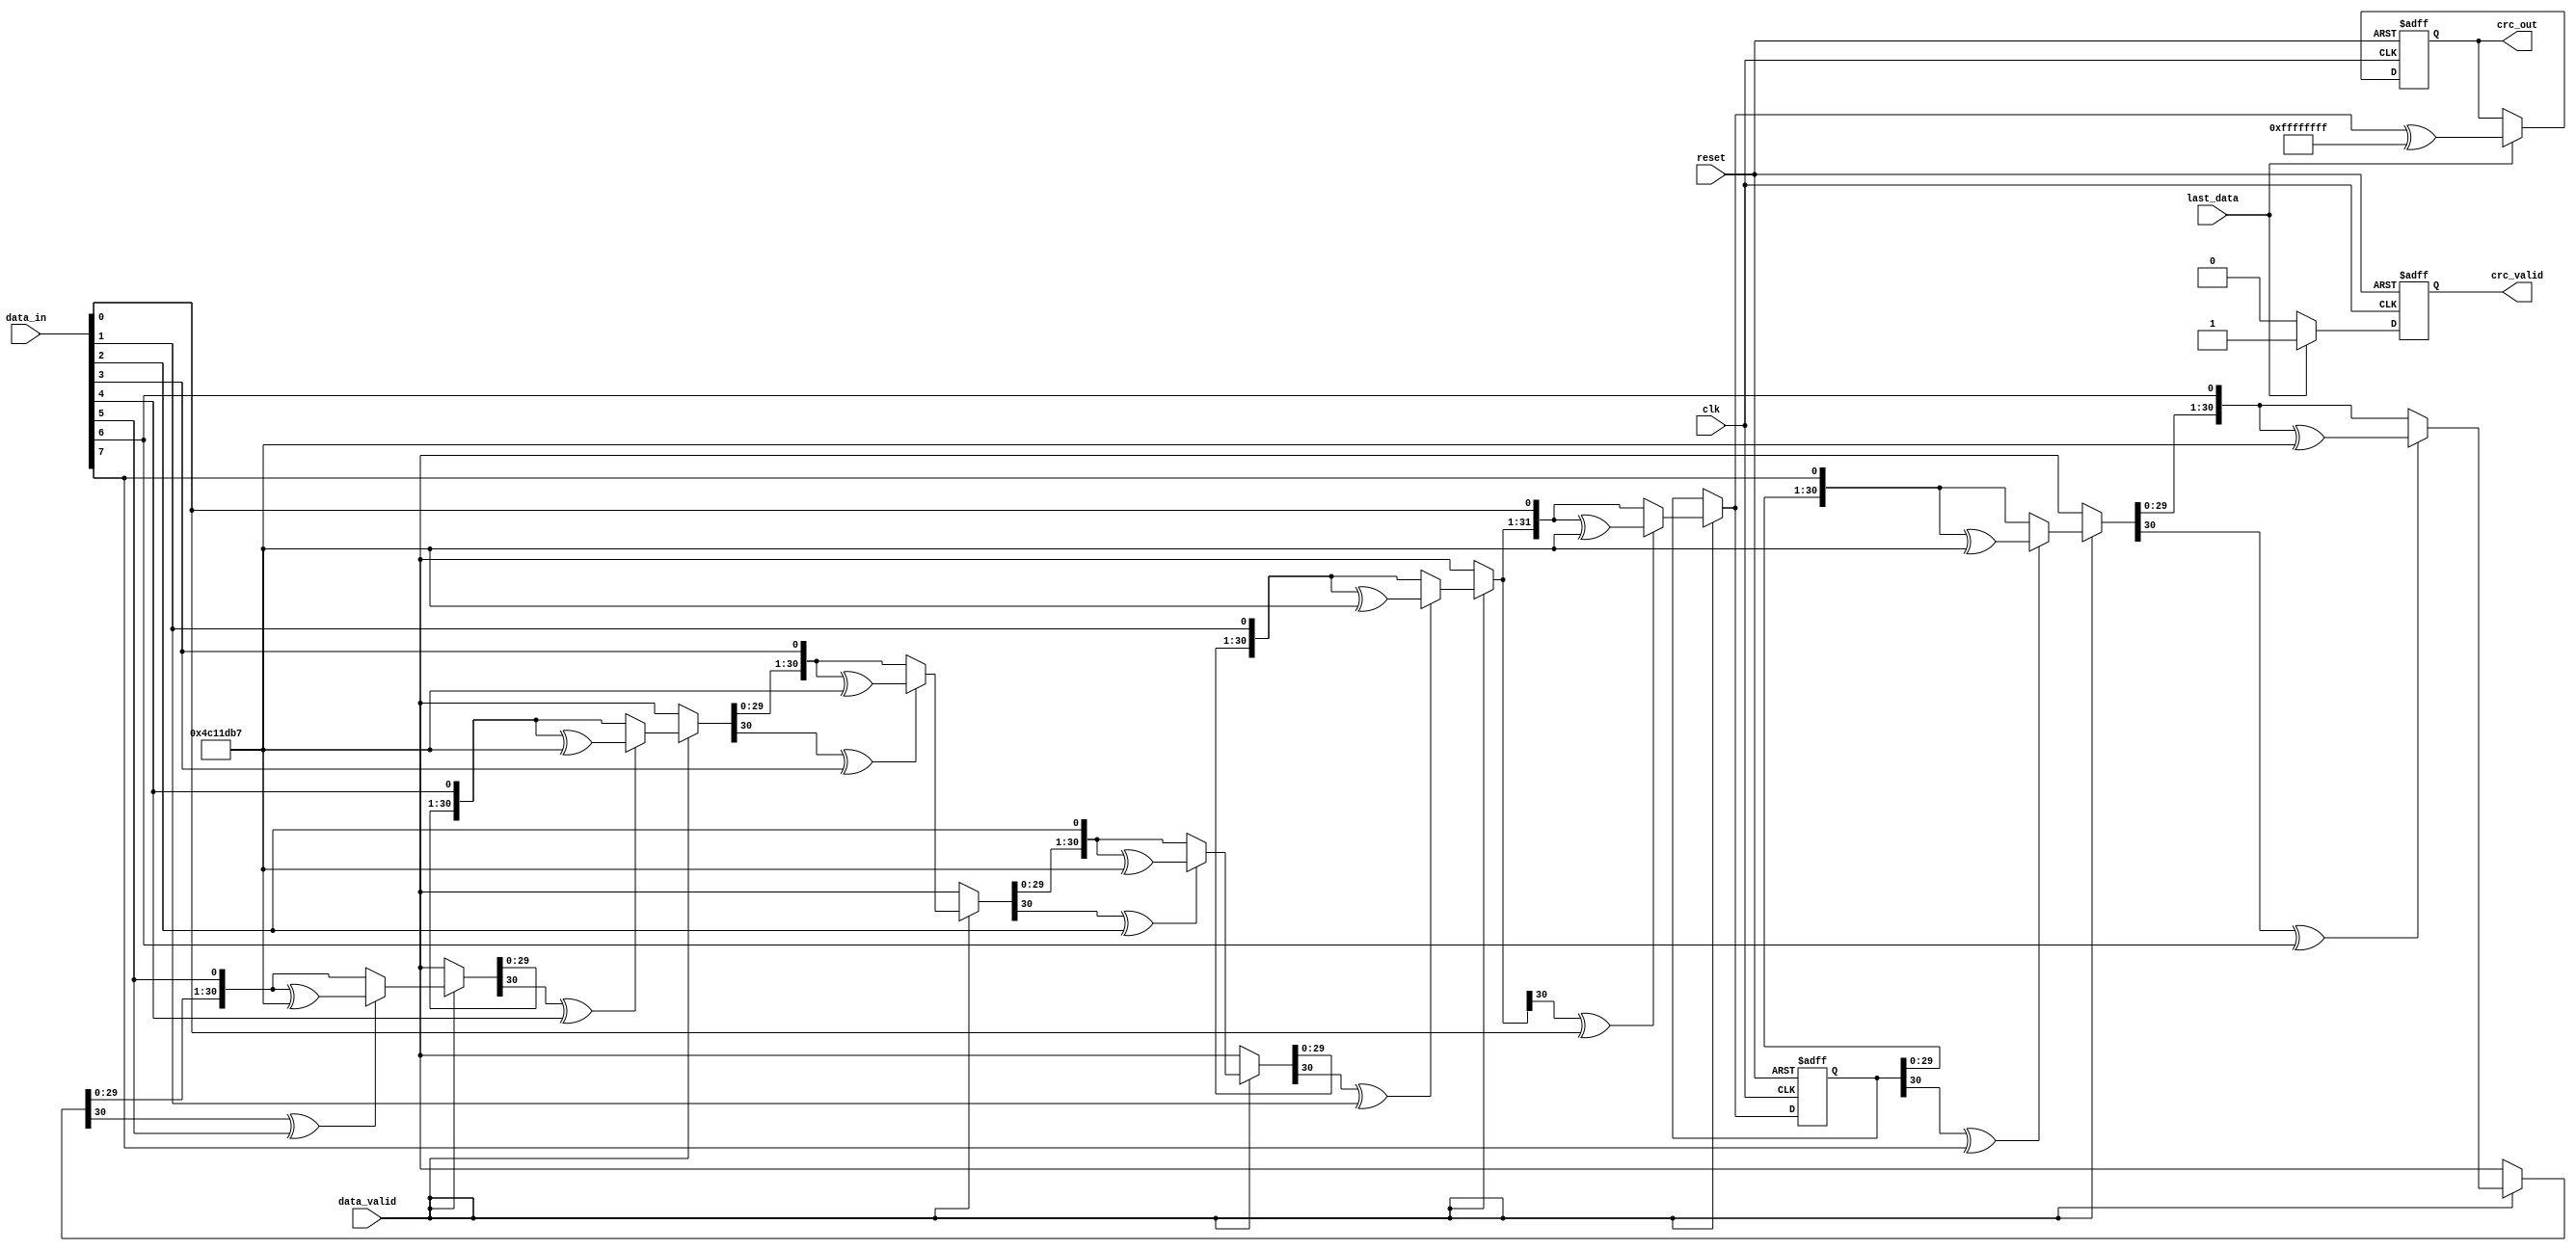
module parameterized_crc #(
    parameter CRC_WIDTH = 32,              // Width of the CRC output
    parameter POLY = 32'h04C11DB7,         // Polynomial used for CRC calculation
    parameter INIT_VALUE = 32'hFFFFFFFF,   // Initial value of the CRC register
    parameter REFLECT_INPUT = 1'b0,        // Reflect input data
    parameter REFLECT_OUTPUT = 1'b0,       // Reflect output CRC
    parameter FINAL_XOR_VALUE = 32'hFFFFFFFF // Final XOR value
)(
    input clk,
    input reset,
    input [7:0] data_in,                   // Input data stream (8 bits)
    input data_valid,                       // Input data valid signal
    input last_data,                        // Last piece of data signal
    output reg [CRC_WIDTH-1:0] crc_out,    // Computed CRC output
    output reg crc_valid                    // CRC output valid signal
);

    reg [CRC_WIDTH-1:0] crc_reg;           // Internal CRC register
    reg [7:0] data_shift;                   // Temporary storage for shifting data bits
    reg [3:0] bit_counter;                  // Counter for processed bits
    reg [7:0] temp_data;                    // Temporary data storage

    // Reflect function for input and output
    function [7:0] reflect_input;
        input [7:0] data;
        begin
            reflect_input = {data[0], data[1], data[2], data[3], data[4], data[5], data[6], data[7]};
        end
    endfunction

    function [CRC_WIDTH-1:0] reflect_output;
        input [CRC_WIDTH-1:0] crc;
        integer i;
        begin
            for (i = 0; i < CRC_WIDTH; i = i + 1) begin
                reflect_output[i] = crc[CRC_WIDTH-1-i];
            end
        end
    endfunction

    // CRC computation process
    always @(posedge clk or posedge reset) begin
        if (reset) begin
            crc_reg <= INIT_VALUE;
            crc_valid <= 1'b0;
            bit_counter <= 4'b0;
            crc_out <= {CRC_WIDTH{1'b0}};
        end else begin
            if (data_valid) begin
                // Reflect input if needed
                temp_data = REFLECT_INPUT ? reflect_input(data_in) : data_in;

                // Process each bit
                for (bit_counter = 0; bit_counter < 8; bit_counter = bit_counter + 1) begin
                    // Shift CRC and data
                    crc_reg = crc_reg << 1;
                    crc_reg[0] = temp_data[7 - bit_counter]; // Get the next bit from the input data

                    // Check if we need to XOR with the polynomial
                    if (crc_reg[CRC_WIDTH-1] ^ temp_data[7 - bit_counter]) begin
                        crc_reg = crc_reg ^ POLY;
                    end
                end
            end
            
            // Handle last data processing
            if (last_data) begin
                // Apply final XOR if needed
                crc_out <= REFLECT_OUTPUT ? reflect_output(crc_reg) ^ FINAL_XOR_VALUE : crc_reg ^ FINAL_XOR_VALUE;
                crc_valid <= 1'b1; // Indicate CRC output is valid
            end else begin
                crc_valid <= 1'b0; // Reset CRC valid until last data
            end
        end
    end

endmodule